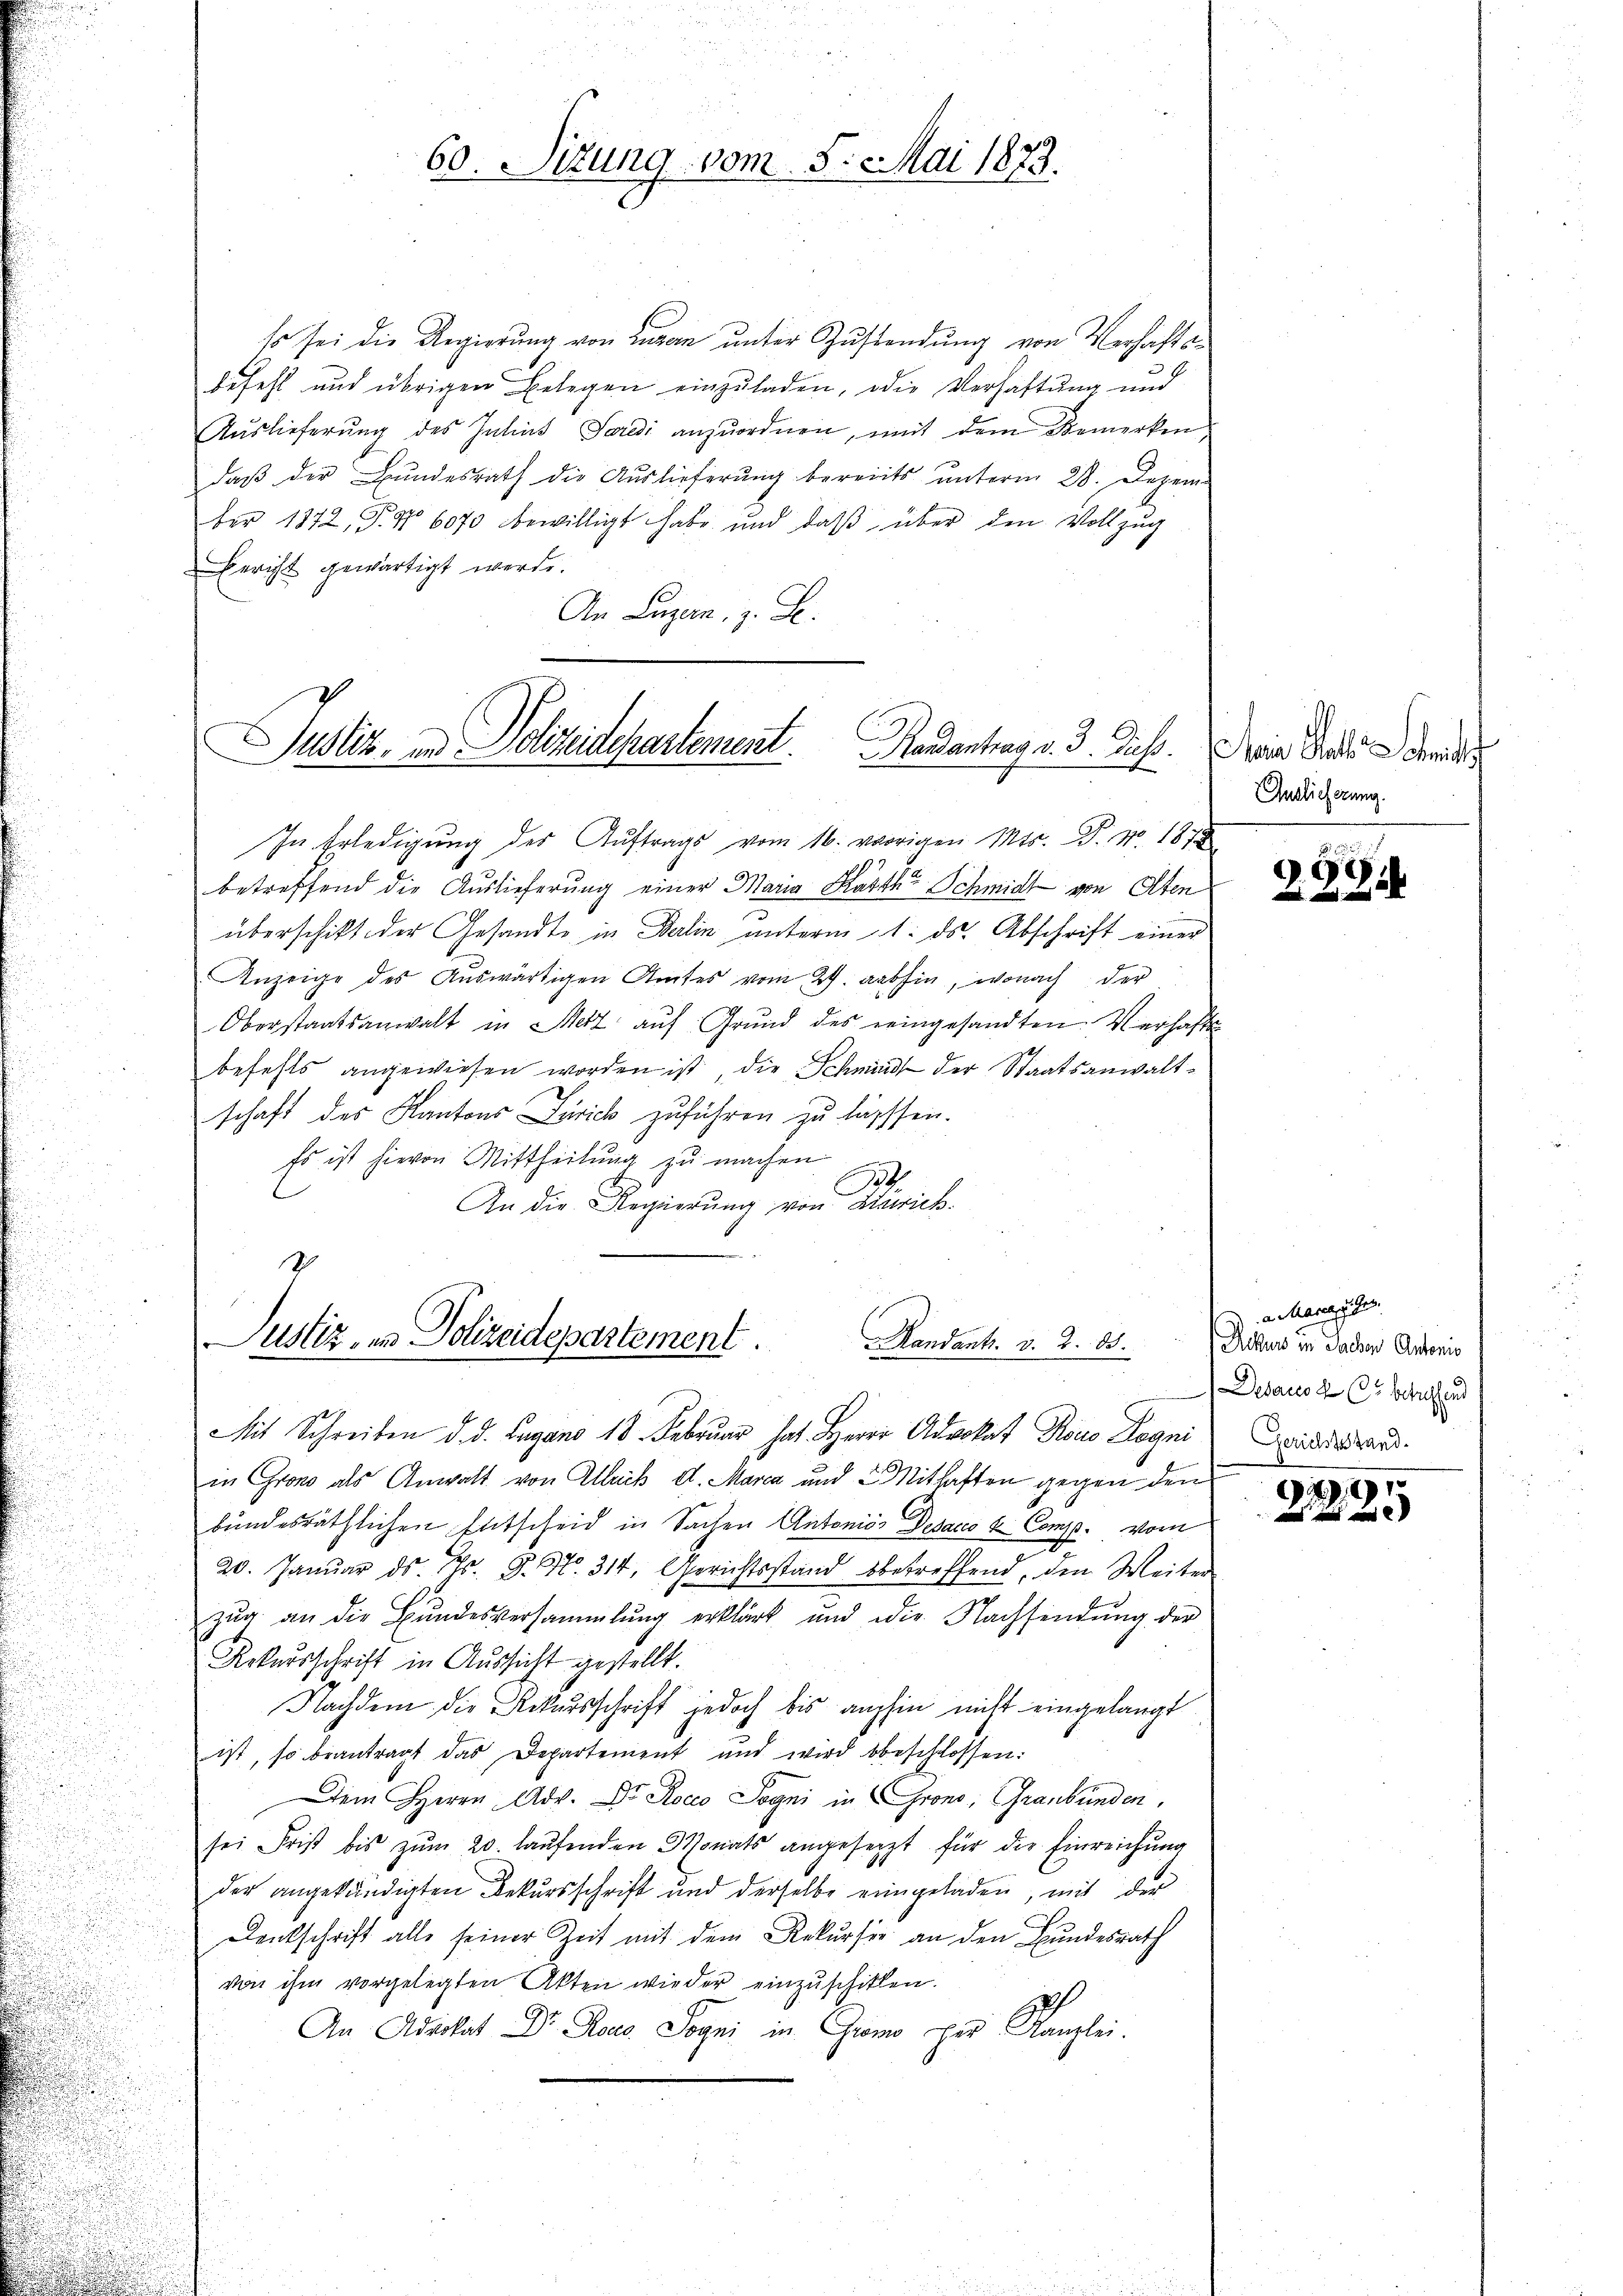
60. Sizung vom 5. Mai 1873.

so sei die Regierung von Lugan unter Zustendung von Verhaftsbefehl aus übrigen Belegen einzuladen, die Verhaftung und
Aŭslieferŭng des Julius Sardi anzŭordnen, mit dem Bemerken
daβ der Bŭndesrath die Aŭslieferŭng bereits ŭnterm 28. Dezem-
ber 1872, S. 16070 bewilligt habe und daβ über den Vollzug
Bericht gewärtigt werde.
An Luzern, z. S.

Justiz- und Polizeidepartement. Mandantrag v. 3. Juch. Die Stande der

In Erledigŭng des Aŭftrags vom 16. vorigen Mts. P. Nr. 1878
betreffend die Auslieferung einer Maria Kästh Schmidt von Olten
überschikt der Gesandte in Delin unterm 1. ds. Abschrift einer
Anzeige des Aŭswärtigen Amtes vom 27. abhin, wonach der
Oberstaatsanwalt in Metz aŭf Grŭnd des reingesandten. Verhafts-
befehls angewiesen worden ist, die Schmidt der Staatsanwaltschaft des Kantons Zürich zuführen zu lasssen.
Es ist hievon Mittheilung zu machen
n
t.
An die Regierŭng von Zürich.

Justiz, in Polizeidepartement.
r. Mandants. v. 2. 83.

Mit Schreiben d. d. Lugano 18. Februar hat. Herrn Advokat Roco Dogni Quisard.
in Grono als Anwalt von Alleich d. Marca und 3 Mithaften gegen den
bundesräthlichen Entscheid in Sachen Antonios Desaus & Comp. vom
20. Januar ds. Nr. 9. No. 314, Gerichtsstand betreffend, den Weiter
zŭg an die Bŭndesversammlung erklärt und die Nachsendŭng der
Rekursschrift in Aussicht gestellt.
Nachdem die Rekursschrift jedoch bis aufhin nicht eingelangt
ist, so beantragt das Departement und wird beschlossen:
Dem Herrn Adv. Dr Rocco Jogni in Crono, Graubünden,
sei Frist bis zŭm 20. laŭfenden Bonats angesetzt für die Einreichung
der angekündigten Rekursschrift und derselbe eingeladen, mit der
Denkschrift alle seiner Zeit mit dem Rekurser an den Bundesrath
von ihm vorgelegten Akten wieder einzuschitten.
An Advokat Dr. Roco. Sogni in Gremo per Kanzlei.

Anslicherung.

398.

D. Recepte
 Rekurs in Sachen Antonio
Desaus de 65 betreffend

91